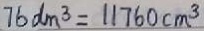
7 6 d m ^ { 3 } = 1 1 7 6 0 c m ^ { 3 }